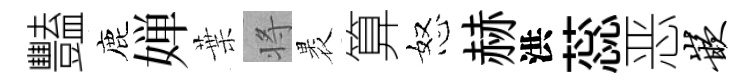
豔鹿婵葉将褁算怒赫洪蕊恶嵌